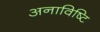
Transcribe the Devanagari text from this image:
अनाविष्टि